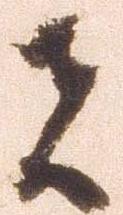
者